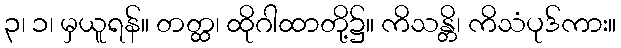
၃၊ ၁၊ မှယူရန်။ တတ္ထ၊ ထိုဂါထာတို့၌။ ကိသန္တိ၊ ကိသံပုဒ်ကား။